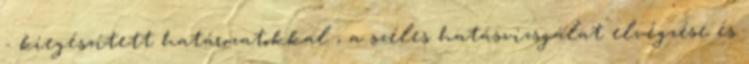
- kiegészített határozatokkal , a széles hatásvizsgálat elvégzése és